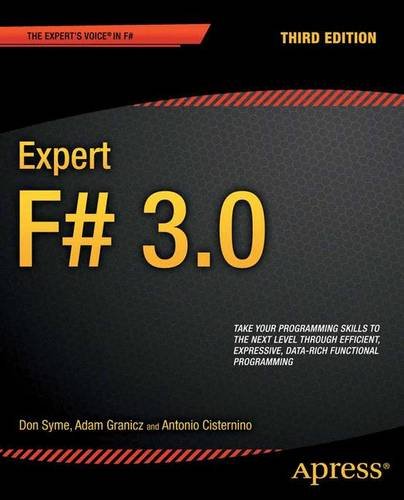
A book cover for Expert F# 3.0 (Expert's Voice in F#); Don Syme; Computers & Technology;